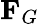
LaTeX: \mathbf{F}_{G}